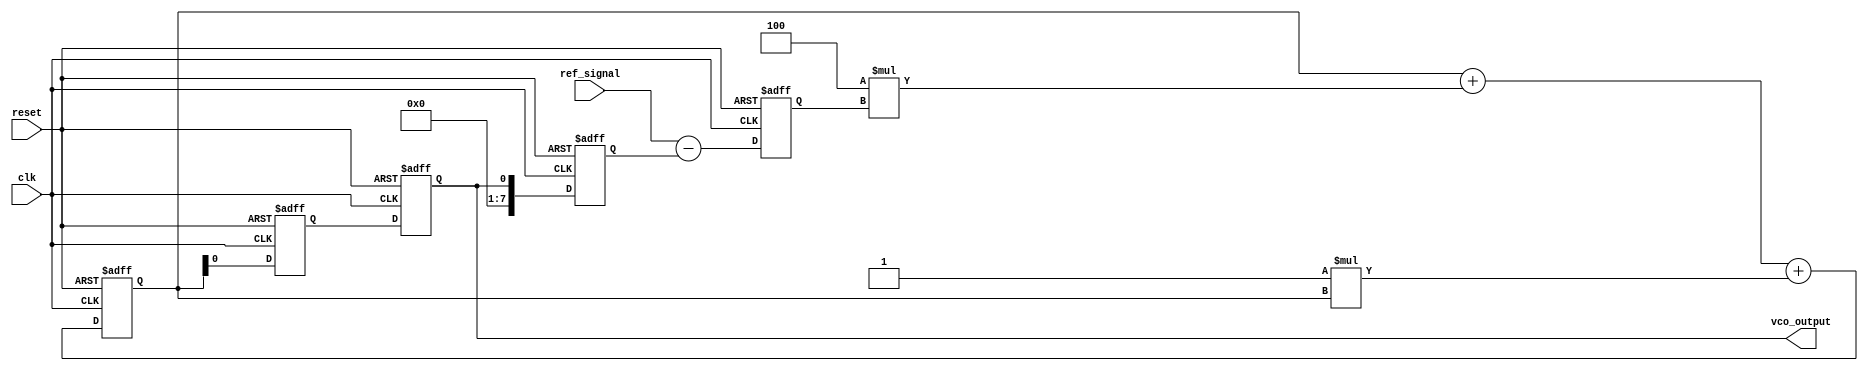
module MemoryBlocksPLL (
    input wire clk,               // System clock
    input wire reset,             // Reset signal
    input wire ref_signal,        // Reference input signal
    output reg vco_output         // Output of the VCO
);

    // Parameters
    parameter N = 8;              // Number of bits for phase error and filter
    parameter Kp = 4;             // Proportional gain for the loop filter
    parameter Ki = 1;             // Integral gain for the loop filter

    // Internal signals
    reg [N-1:0] phase_error;      // Phase error signal
    reg [N-1:0] filter_output;     // Output of the loop filter
    reg [N-1:0] vco_control;       // Control signal for the VCO
    reg [N-1:0] vco_frequency;     // Frequency output of the VCO
    reg [N-1:0] feedback_signal;    // Feedback signal from VCO

    // Phase Detector (PD)
    always @(posedge clk or posedge reset) begin
        if (reset) begin
            phase_error <= 0;
        end else begin
            // Simple phase error calculation (example)
            phase_error <= ref_signal - feedback_signal; // Phase difference
        end
    end

    // Loop Filter
    always @(posedge clk or posedge reset) begin
        if (reset) begin
            filter_output <= 0;
        end else begin
            // Proportional-Integral filter
            filter_output <= filter_output + (Kp * phase_error) + (Ki * filter_output);
        end
    end

    // Voltage-Controlled Oscillator (VCO)
    always @(posedge clk or posedge reset) begin
        if (reset) begin
            vco_frequency <= 0;
            vco_output <= 0;
        end else begin
            // Update VCO frequency based on filter output
            vco_frequency <= filter_output; // Control frequency
            // Generate VCO output (example: simple counter for demonstration)
            vco_output <= vco_frequency[0]; // Example output (1-bit)
        end
    end

    // Feedback Path
    always @(posedge clk or posedge reset) begin
        if (reset) begin
            feedback_signal <= 0;
        end else begin
            feedback_signal <= vco_output; // Feedback from VCO output
        end
    end

endmodule